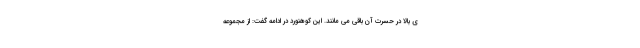
ی بالا در حسرت آن باقی می مانند. این کوهنورد در ادامه گفت: از مجموعه